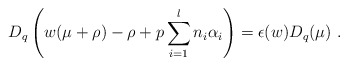
\begin{align*}D_q\left(w(\mu+\rho)-\rho+p\sum_{i=1}^ln_i\alpha_i\right)=\epsilon(w)D_q(\mu)~.\end{align*}